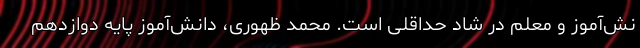
نش‌آموز و معلم در شاد حداقلی است. محمد ظهوری، دانش‌آموز پایه دوازدهم